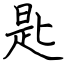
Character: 匙